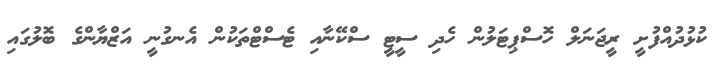
ކުޅުދުއްފުށީ ރީޖަނަލް ހޮސްޕިޓަލުން ހެދި ސީޓީ ސްކޭނާއި ޓެސްޓްތަކުން އެނގުނީ އަޒްޔާންގެ ބޮލުގައި